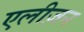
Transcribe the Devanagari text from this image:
एलीज़न